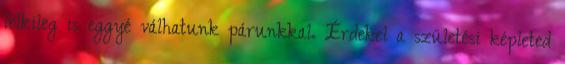
lelkileg is eggyé válhatunk párunkkal. Érdekel a születési képleted